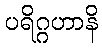
ပရိဂ္ဂဟာနိ